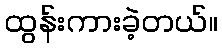
ထွန်းကားခဲ့တယ်။